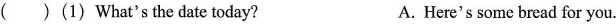
( )(1) What's the date today?A. Here's some bread for you.